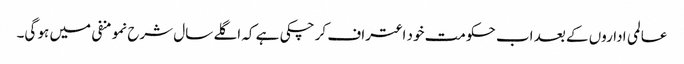
عالمی اداروں کے بعد اب حکومت خود اعتراف کر چکی ہے کہ اگلے سال شرح نمو منفی میں ہو گی۔